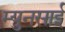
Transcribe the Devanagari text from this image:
म्युनसाई